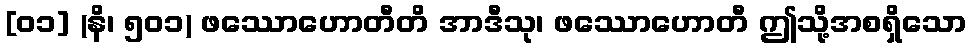
[၀၁] (နိ၊ ၅၀၁) ဖဿောဟောတီတိ အာဒီသု၊ ဖဿောဟောတီ ဤသို့အစရှိသော